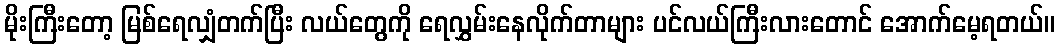
မိုးကြီးတော့ မြစ်ရေလျှံတက်ပြီး လယ်တွေကို ရေလွှမ်းနေလိုက်တာများ ပင်လယ်ကြီးလားတောင် အောက်မေ့ရတယ်။